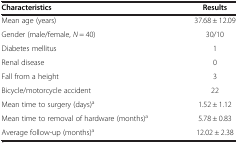
<table><thead><tr><td><b>Characteristics</b></td><td><b>Results</b></td></tr></thead><tbody><tr><td>Mean age (years)</td><td>37.68 ± 12.09</td></tr><tr><td>Gender (male/female, <i>N</i> = 40)</td><td>30/10</td></tr><tr><td>Diabetes mellitus</td><td>1</td></tr><tr><td>Renal disease</td><td>0</td></tr><tr><td>Fall from a height</td><td>3</td></tr><tr><td>Bicycle/motorcycle accident</td><td>22</td></tr><tr><td>Mean time to surgery (days)<sup>a</sup></td><td>1.52 ± 1.12</td></tr><tr><td>Mean time to removal of hardware (months)<sup>a</sup></td><td>5.78 ± 0.83</td></tr><tr><td>Average follow-up (months)<sup>a</sup></td><td>12.02 ± 2.38</td></tr></tbody></table>